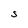
Character: S